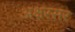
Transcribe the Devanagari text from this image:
अक्षरसर